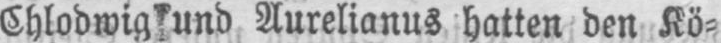
Chlodwig und Aurelianus hatten den Kö⸗